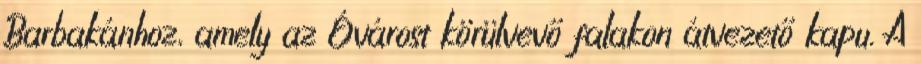
Barbakánhoz, amely az Óvárost körülvevő falakon átvezető kapu. A